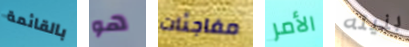
بالقائمة هو مفاجئات الأمر بنيته